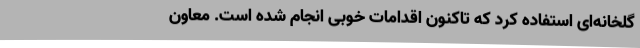
گلخانه‌ای استفاده کرد که تاکنون اقدامات خوبی انجام شده است. معاون